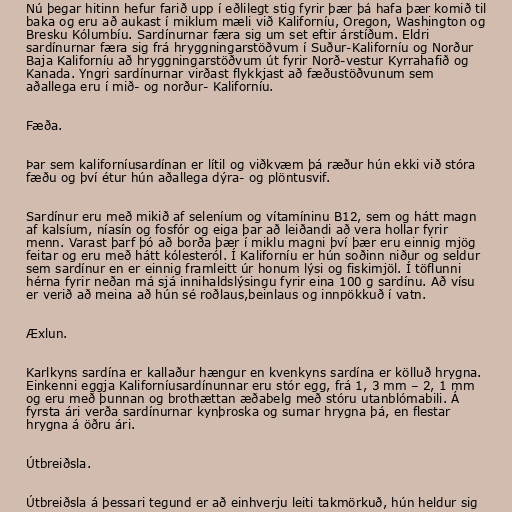
Nú þegar hitinn hefur farið upp í eðlilegt stig fyrir þær þá hafa þær komið til
baka og eru að aukast í miklum mæli við Kaliforníu, Oregon, Washington og
Bresku Kólumbíu. Sardínurnar færa sig um set eftir árstíðum. Eldri
sardínurnar færa sig frá hryggningarstöðvum í Suður-Kaliforníu og Norður
Baja Kaliforníu að hryggningarstöðvum út fyrir Norð-vestur Kyrrahafið og
Kanada. Yngri sardínurnar virðast flykkjast að fæðustöðvunum sem
aðallega eru í mið- og norður- Kaliforníu.

Fæða.

Þar sem kaliforníusardínan er lítil og viðkvæm þá ræður hún ekki við stóra
fæðu og því étur hún aðallega dýra- og plöntusvif.

Sardínur eru með mikið af seleníum og vítamíninu B12, sem og hátt magn
af kalsíum, níasín og fosfór og eiga þar að leiðandi að vera hollar fyrir
menn. Varast þarf þó að borða þær í miklu magni því þær eru einnig mjög
feitar og eru með hátt kólesteról. Í Kaliforníu er hún soðinn niður og seldur
sem sardínur en er einnig framleitt úr honum lýsi og fiskimjöl. Í töflunni
hérna fyrir neðan má sjá innihaldslýsingu fyrir eina 100 g sardínu. Að vísu
er verið að meina að hún sé roðlaus,beinlaus og innpökkuð í vatn.

Æxlun.

Karlkyns sardína er kallaður hængur en kvenkyns sardína er kölluð hrygna.
Einkenni eggja Kaliforníusardínunnar eru stór egg, frá 1, 3 mm – 2, 1 mm
og eru með þunnan og brothættan æðabelg með stóru utanblómabili. Á
fyrsta ári verða sardínurnar kynþroska og sumar hrygna þá, en flestar
hrygna á öðru ári.

Útbreiðsla.

Útbreiðsla á þessari tegund er að einhverju leiti takmörkuð, hún heldur sig